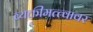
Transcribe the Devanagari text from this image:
व्यक्तीमत्त्वावर